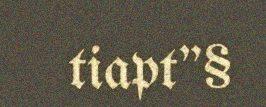
tiapt"§